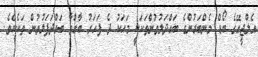
އެލްޖީއޭގެ ބޯޑް މެންބަރުންގެ ބައްދަލުވުންތަކަކީ މަހަކު ދެ ފަހަރު ބާއްވާ ބައްދަފަލުވުން ތަކެކެވެ.